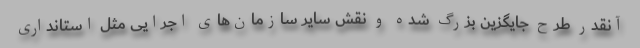
آنقدر طرح جایگزین بزرگ شده و نقش سایر سازمان‌های اجرایی مثل استانداری